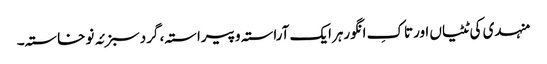
منہدی کی ٹٹیاں اورتاکِ انگورہرایک آراستہ وپیراستہ، گردسبزئہ نوخاستہ۔